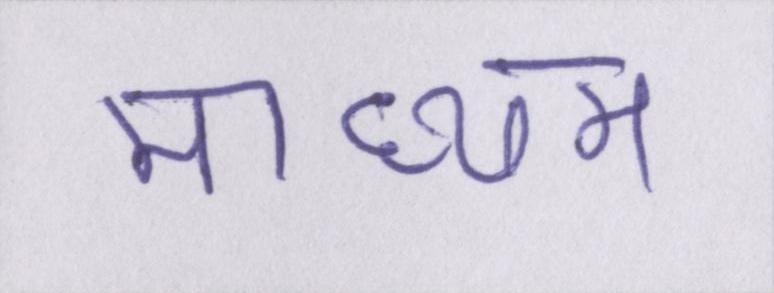
माध्यम